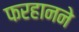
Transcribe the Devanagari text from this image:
फरहानने